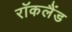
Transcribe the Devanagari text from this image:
रॉकलैंड